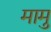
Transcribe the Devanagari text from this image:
मामु